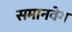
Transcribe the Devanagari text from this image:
समानवेग